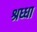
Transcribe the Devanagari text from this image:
श्रध्धा